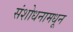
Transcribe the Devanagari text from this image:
संशोधनामधून